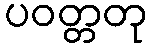
ပဝတ္တတု